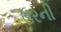
ઉરની